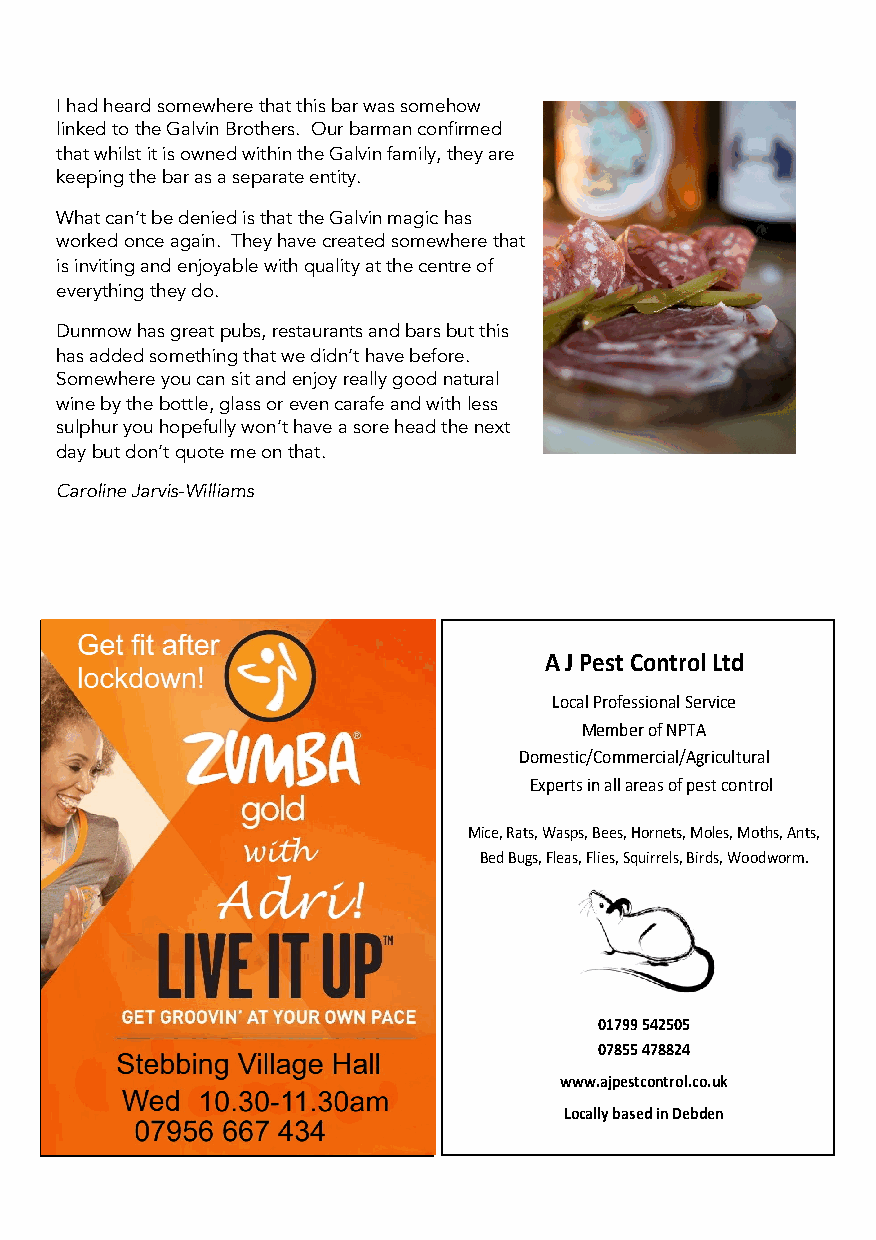
I had heard somewhere that this bar was somehow
 linked to the Galvin Brothers. Our barman confirmed
 that whilst it is owned within the Galvin family, they are
 keeping the bar as a separate entity.
 What can’t be denied is that the Galvin magic has
 worked once again. They have created somewhere that
 is inviting and enjoyable with quality at the centreof
 everything they do.
 Dunmow has great pubs, restaurants and bars but this
 has added something that we didn’t have before.
 Somewhere you can sit and enjoy really good natural
 wine by the bottle, glass or even carafe and with less
 sulphuryou hopefully won’t have a sore head the next
 day but don’t quote me on that.
 Caroline Jarvis-Williams
 A J Pest Control Ltd
 Local Professional Service
 Member of NPTA
 Domestic/Commercial/Agricultural
 Experts in all areas of pest control
 Mice, Rats, Wasps, Bees, Hornets, Moles, Moths, Ants,
 Bed Bugs, Fleas, Flies, Squirrels, Birds, Woodworm.
 01799 542505
 07855 478824
 www.ajpestcontrol.co.uk
 Locally based in Debden